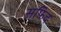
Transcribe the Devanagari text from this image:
सफिद